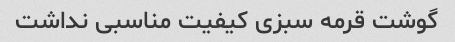
گوشت قرمه سبزی کیفیت مناسبی نداشت